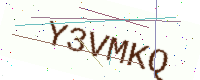
Text: Y3VMKQ